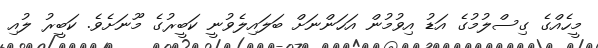
މީހެއްގެ ގިސްލުމުގެ އަޑު އިވުމުން އަހަންނަށް ބަލައިލެވުނީ ކަބީރުގެ މޫނަށެވެ. ކަބީރު ލުއި